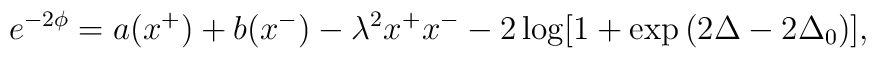
e^{-2\phi}=a(x^+) +b(x^-) -\lambda^2 x^+x^--2 \log[1+\exp{(2\Delta - 2\Delta_0)}],